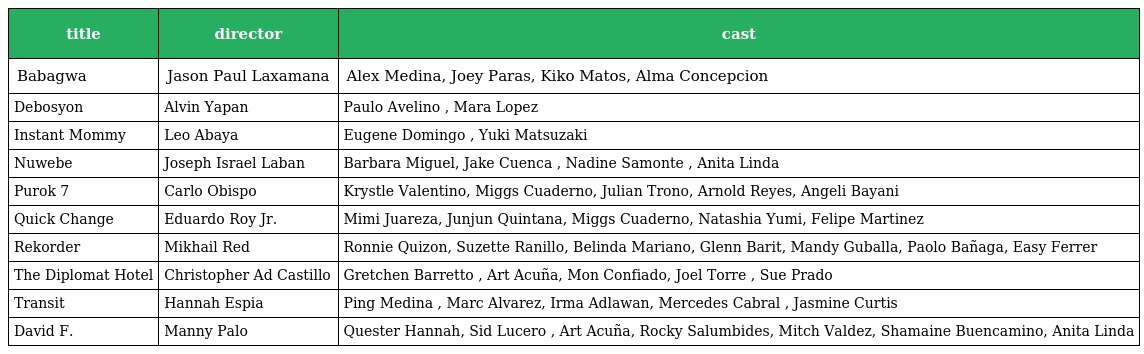
| title | director | cast |
 | --- | --- | --- |
 | Babagwa | Jason Paul Laxamana | Alex Medina, Joey Paras, Kiko Matos, Alma Concepcion |
 | Debosyon | Alvin Yapan | Paulo Avelino , Mara Lopez |
 | Instant Mommy | Leo Abaya | Eugene Domingo , Yuki Matsuzaki |
 | Nuwebe | Joseph Israel Laban | Barbara Miguel, Jake Cuenca , Nadine Samonte , Anita Linda |
 | Purok 7 | Carlo Obispo | Krystle Valentino, Miggs Cuaderno, Julian Trono, Arnold Reyes, Angeli Bayani |
 | Quick Change | Eduardo Roy Jr. | Mimi Juareza, Junjun Quintana, Miggs Cuaderno, Natashia Yumi, Felipe Martinez |
 | Rekorder | Mikhail Red | Ronnie Quizon, Suzette Ranillo, Belinda Mariano, Glenn Barit, Mandy Guballa, Paolo Bañaga, Easy Ferrer |
 | The Diplomat Hotel | Christopher Ad Castillo | Gretchen Barretto , Art Acuña, Mon Confiado, Joel Torre , Sue Prado |
 | Transit | Hannah Espia | Ping Medina , Marc Alvarez, Irma Adlawan, Mercedes Cabral , Jasmine Curtis |
 | David F. | Manny Palo | Quester Hannah, Sid Lucero , Art Acuña, Rocky Salumbides, Mitch Valdez, Shamaine Buencamino, Anita Linda |